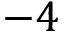
- 4